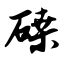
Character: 磉